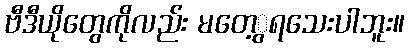
ဗီဒီယိုတွေကိုလည်း မတေ့ွရသေးပါဘူး။